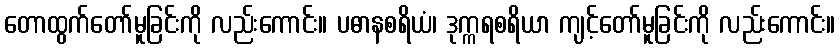
တောထွက်တော်မူခြင်းကို လည်းကောင်း။ ပဓာနစရိယံ၊ ဒုက္ကရစရိယာ ကျင့်တော်မူခြင်းကို လည်းကောင်း။